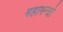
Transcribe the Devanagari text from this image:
महामन्त्रो